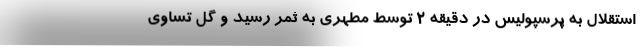
استقلال به پرسپولیس در دقیقه 2 توسط مطهری به ثمر رسید و گل تساوی